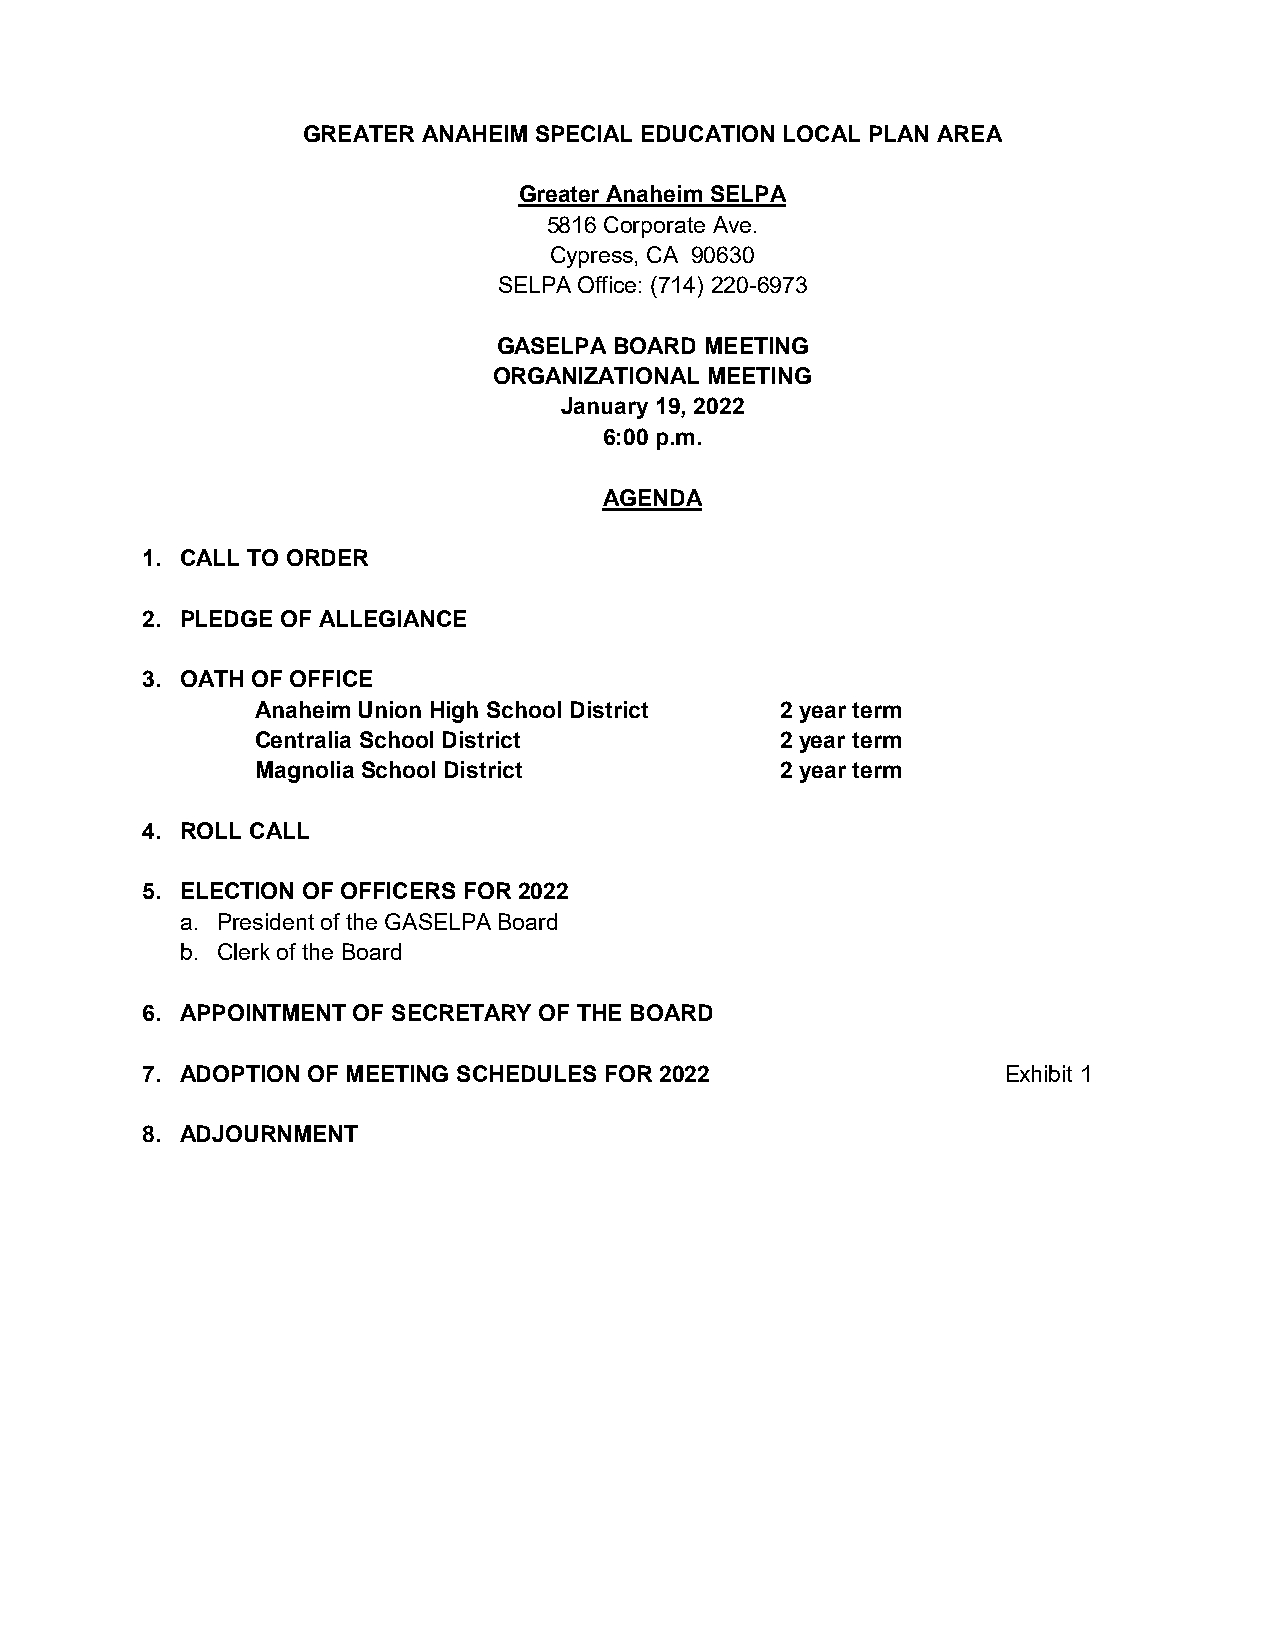
GREATER ANAHEIM SPECIAL EDUCATION LOCAL PLAN AREA
 Greater Anaheim SELPA
 5816 Corporate Ave.
 Cypress, CA 90630
 SELPA Office: (714) 220-6973
 GASELPA BOARD MEETING
 ORGANIZATIONAL MEETING
 January 19, 2022
 6:00 p.m.
 AGENDA
 1. CALL TO ORDER
 2. PLEDGE OF ALLEGIANCE
 3. OATH OF OFFICE
 Anaheim Union High School District 2 year term
 Centralia School District          2 year term
 Magnolia School District           2 year term
 4. ROLL CALL
 5. ELECTION OF OFFICERS FOR 2022
 a. President of the GASELPA Board
 b. Clerk of the Board
 6. APPOINTMENT OF SECRETARY OF THE BOARD
 7. ADOPTION OF MEETING SCHEDULES FOR 2022                 Exhibit 1
 8. ADJOURNMENT